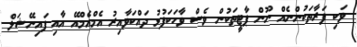
ވަކި ފަރާތަކުންނެއް ނޫން ޕާޓީތަކުން ވެސް ވާހަކަފުޅު ދައްކަވާއިރު އެމްއެމްއޭ އާއި ފައިނޭޝަލް